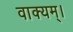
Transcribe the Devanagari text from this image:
वाक्यम्।